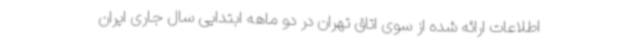
اطلاعات ارائه شده از سوی اتاق تهران در دو ماهه ابتدایی سال جاری ایران